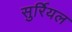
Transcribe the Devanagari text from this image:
सुर्रियल